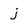
Character: j